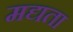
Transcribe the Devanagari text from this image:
मद्यता